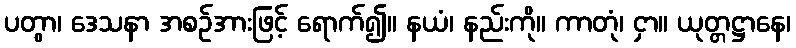
ပတွာ၊ ဒေသနာ အစဉ်အားဖြင့် ရောက်၍။ နယံ၊ နည်းကို။ ကာတုံ၊ ငှာ။ ယုတ္တဋ္ဌာနေ၊